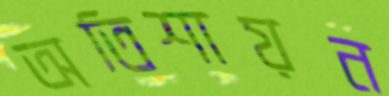
অতিশায়ন